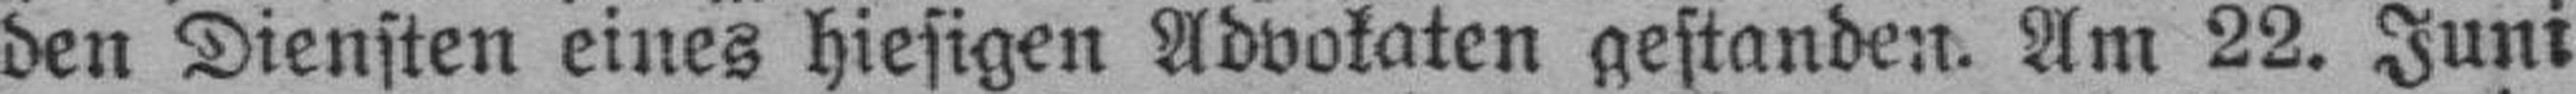
den Diensten eines hiesigen Advokaten gestanden. Am 22. Juni